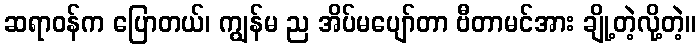
ဆရာဝန်က ပြောတယ်၊ ကျွန်မ ည အိပ်မပျော်တာ ဗီတာမင်အား ချို့တဲ့လို့တဲ့။